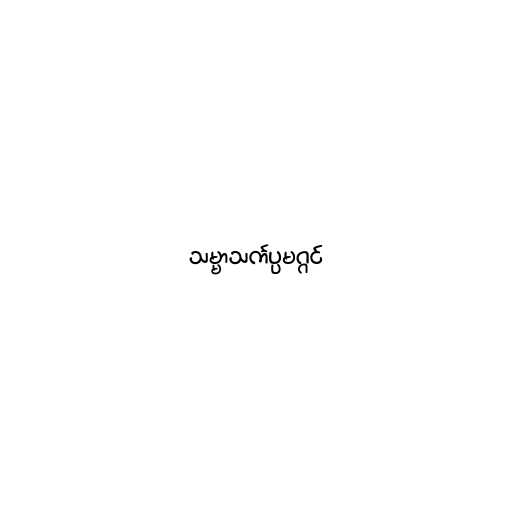
သမ္မာသင်္ကပ္ပမဂ္ဂင်